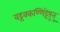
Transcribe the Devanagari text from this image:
वट्टक्कण्णिट्टेषु़त्तु